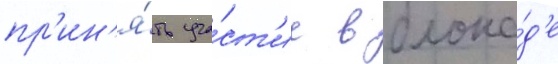
пр'ин'я́ть уча́ст'ие в блока́д'е